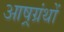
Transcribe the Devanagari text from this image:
आष्रग्रंथों